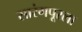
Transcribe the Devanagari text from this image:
सारंगपूरला